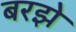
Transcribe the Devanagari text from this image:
बरझे